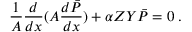
\frac { 1 } { A } \frac { d } { d x } ( A \frac { d \bar { P } } { d x } ) + \alpha Z Y \bar { P } = 0 \; .